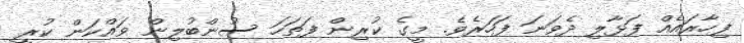
ފިހާރައެއް ފަޅާލި ދެވަނަ ފަހަރެވެ. މީގެ ކުރިން ފަތަހަ ސުންބުލިން ވައްކަން ކުރީ